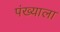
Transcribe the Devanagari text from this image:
पंख्याला